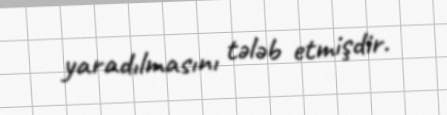
yaradılmasını tələb etmişdir.